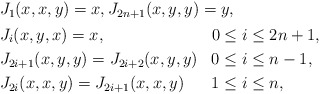
\begin{align*} \begin{aligned} & J_1(x,x,y) = x, J_{2n+1}(x,y,y) = y, \\ & \begin{aligned} & J_i(x,y,x) = x, & & 0\leq i\leq 2n+1, \\ & J_{2i+1}(x,y,y) = J_{2i+2}(x,y,y) & & 0\leq i\leq n-1, \\ & J_{2i}(x,x,y) = J_{2i+1}(x,x,y) & & 1\leq i\leq n, \end{aligned}\end{aligned} \end{align*}